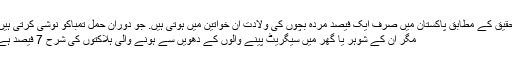
تحقیق کے مطابق پاکستان میں صرف ایک فیصد مردہ بچوں کی ولادت ان خواتین میں ہوتی ہیں. جو دوران حمل تمباکو نوشی کرتی ہیں.
مگر ان کے شوہر یا گھر میں سیگریٹ پینے والوں کے دھویں سے ہونے والی ہلاکتوں کی شرح 7 فیصد ہے۔